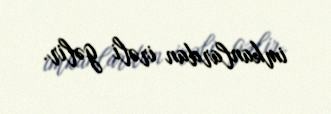
imkanlardan irəli gəlir.